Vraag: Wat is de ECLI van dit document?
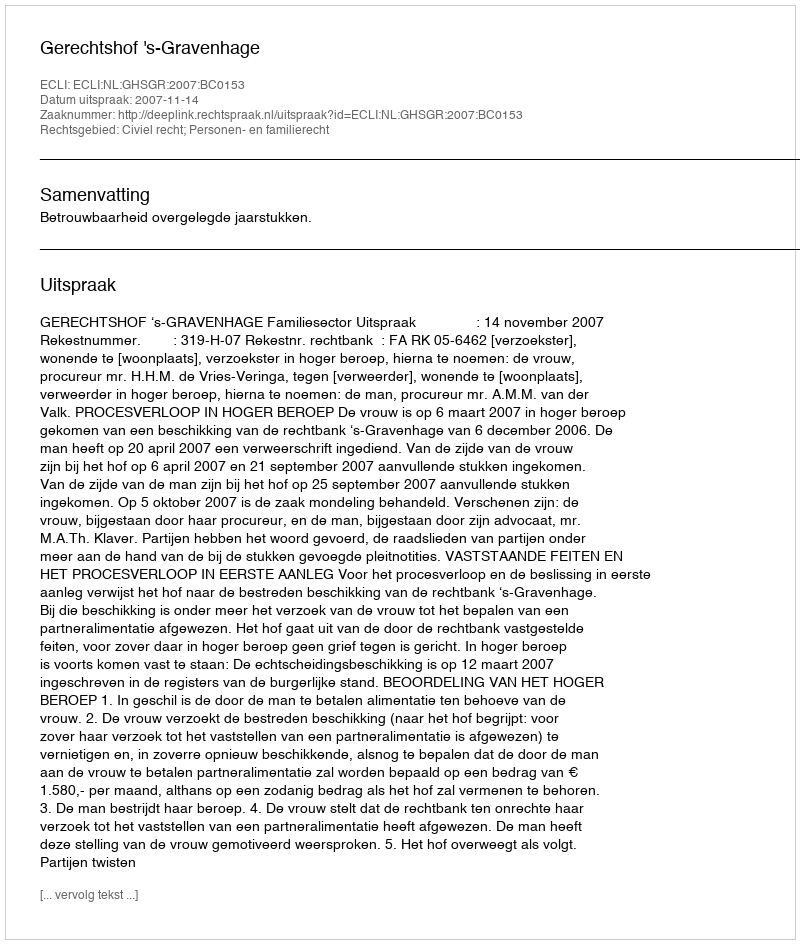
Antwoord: ECLI:NL:GHSGR:2007:BC0153